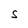
Character: S